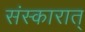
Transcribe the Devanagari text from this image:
संस्कारात्‌